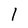
Character: l